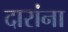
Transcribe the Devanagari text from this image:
दारांना